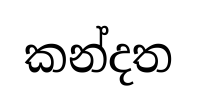
කන්දත